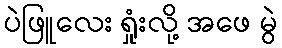
ပဲဖြူလေး ရှုံးလို့ အဖေ မွဲ